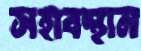
সহাবস্থান